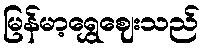
မြန်မာ့ရွှေဈေးသည်